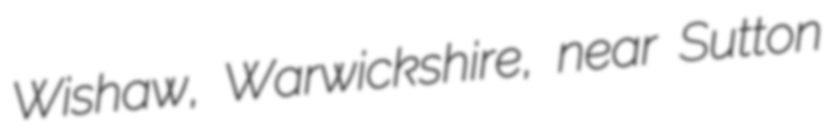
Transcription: Wishaw, Warwickshire, near Sutton